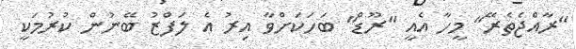
"ރާއްޖެތެރޭ" މީހާ އެއީ "ރޫޑް" ބަހަކަށްވާ އިރު އެ ލަފްޒު ބޭނުން ކުރުމަކީ